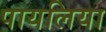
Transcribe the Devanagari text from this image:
पायलिया